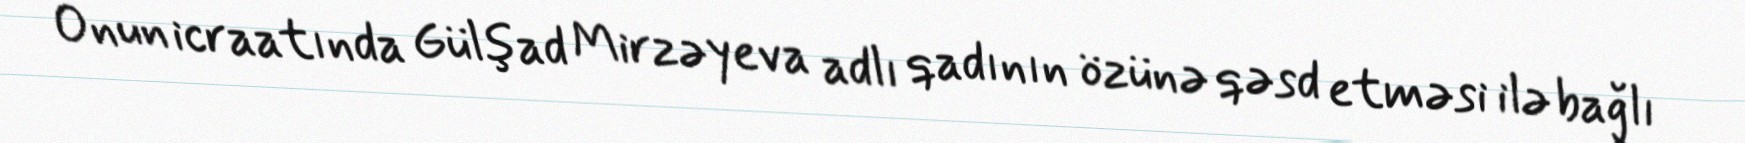
Onun icraatında Gülşad Mirzəyeva adlı qadının özünə qəsd etməsi ilə bağlı